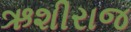
ઋશીરાજ